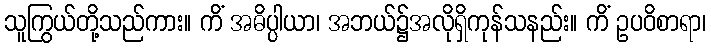
သူကြွယ်တို့သည်ကား။ ကိံ အဓိပ္ပါယာ၊ အဘယ်၌အလိုရှိကုန်သနည်း။ ကိံ ဥပဝိစာရာ၊